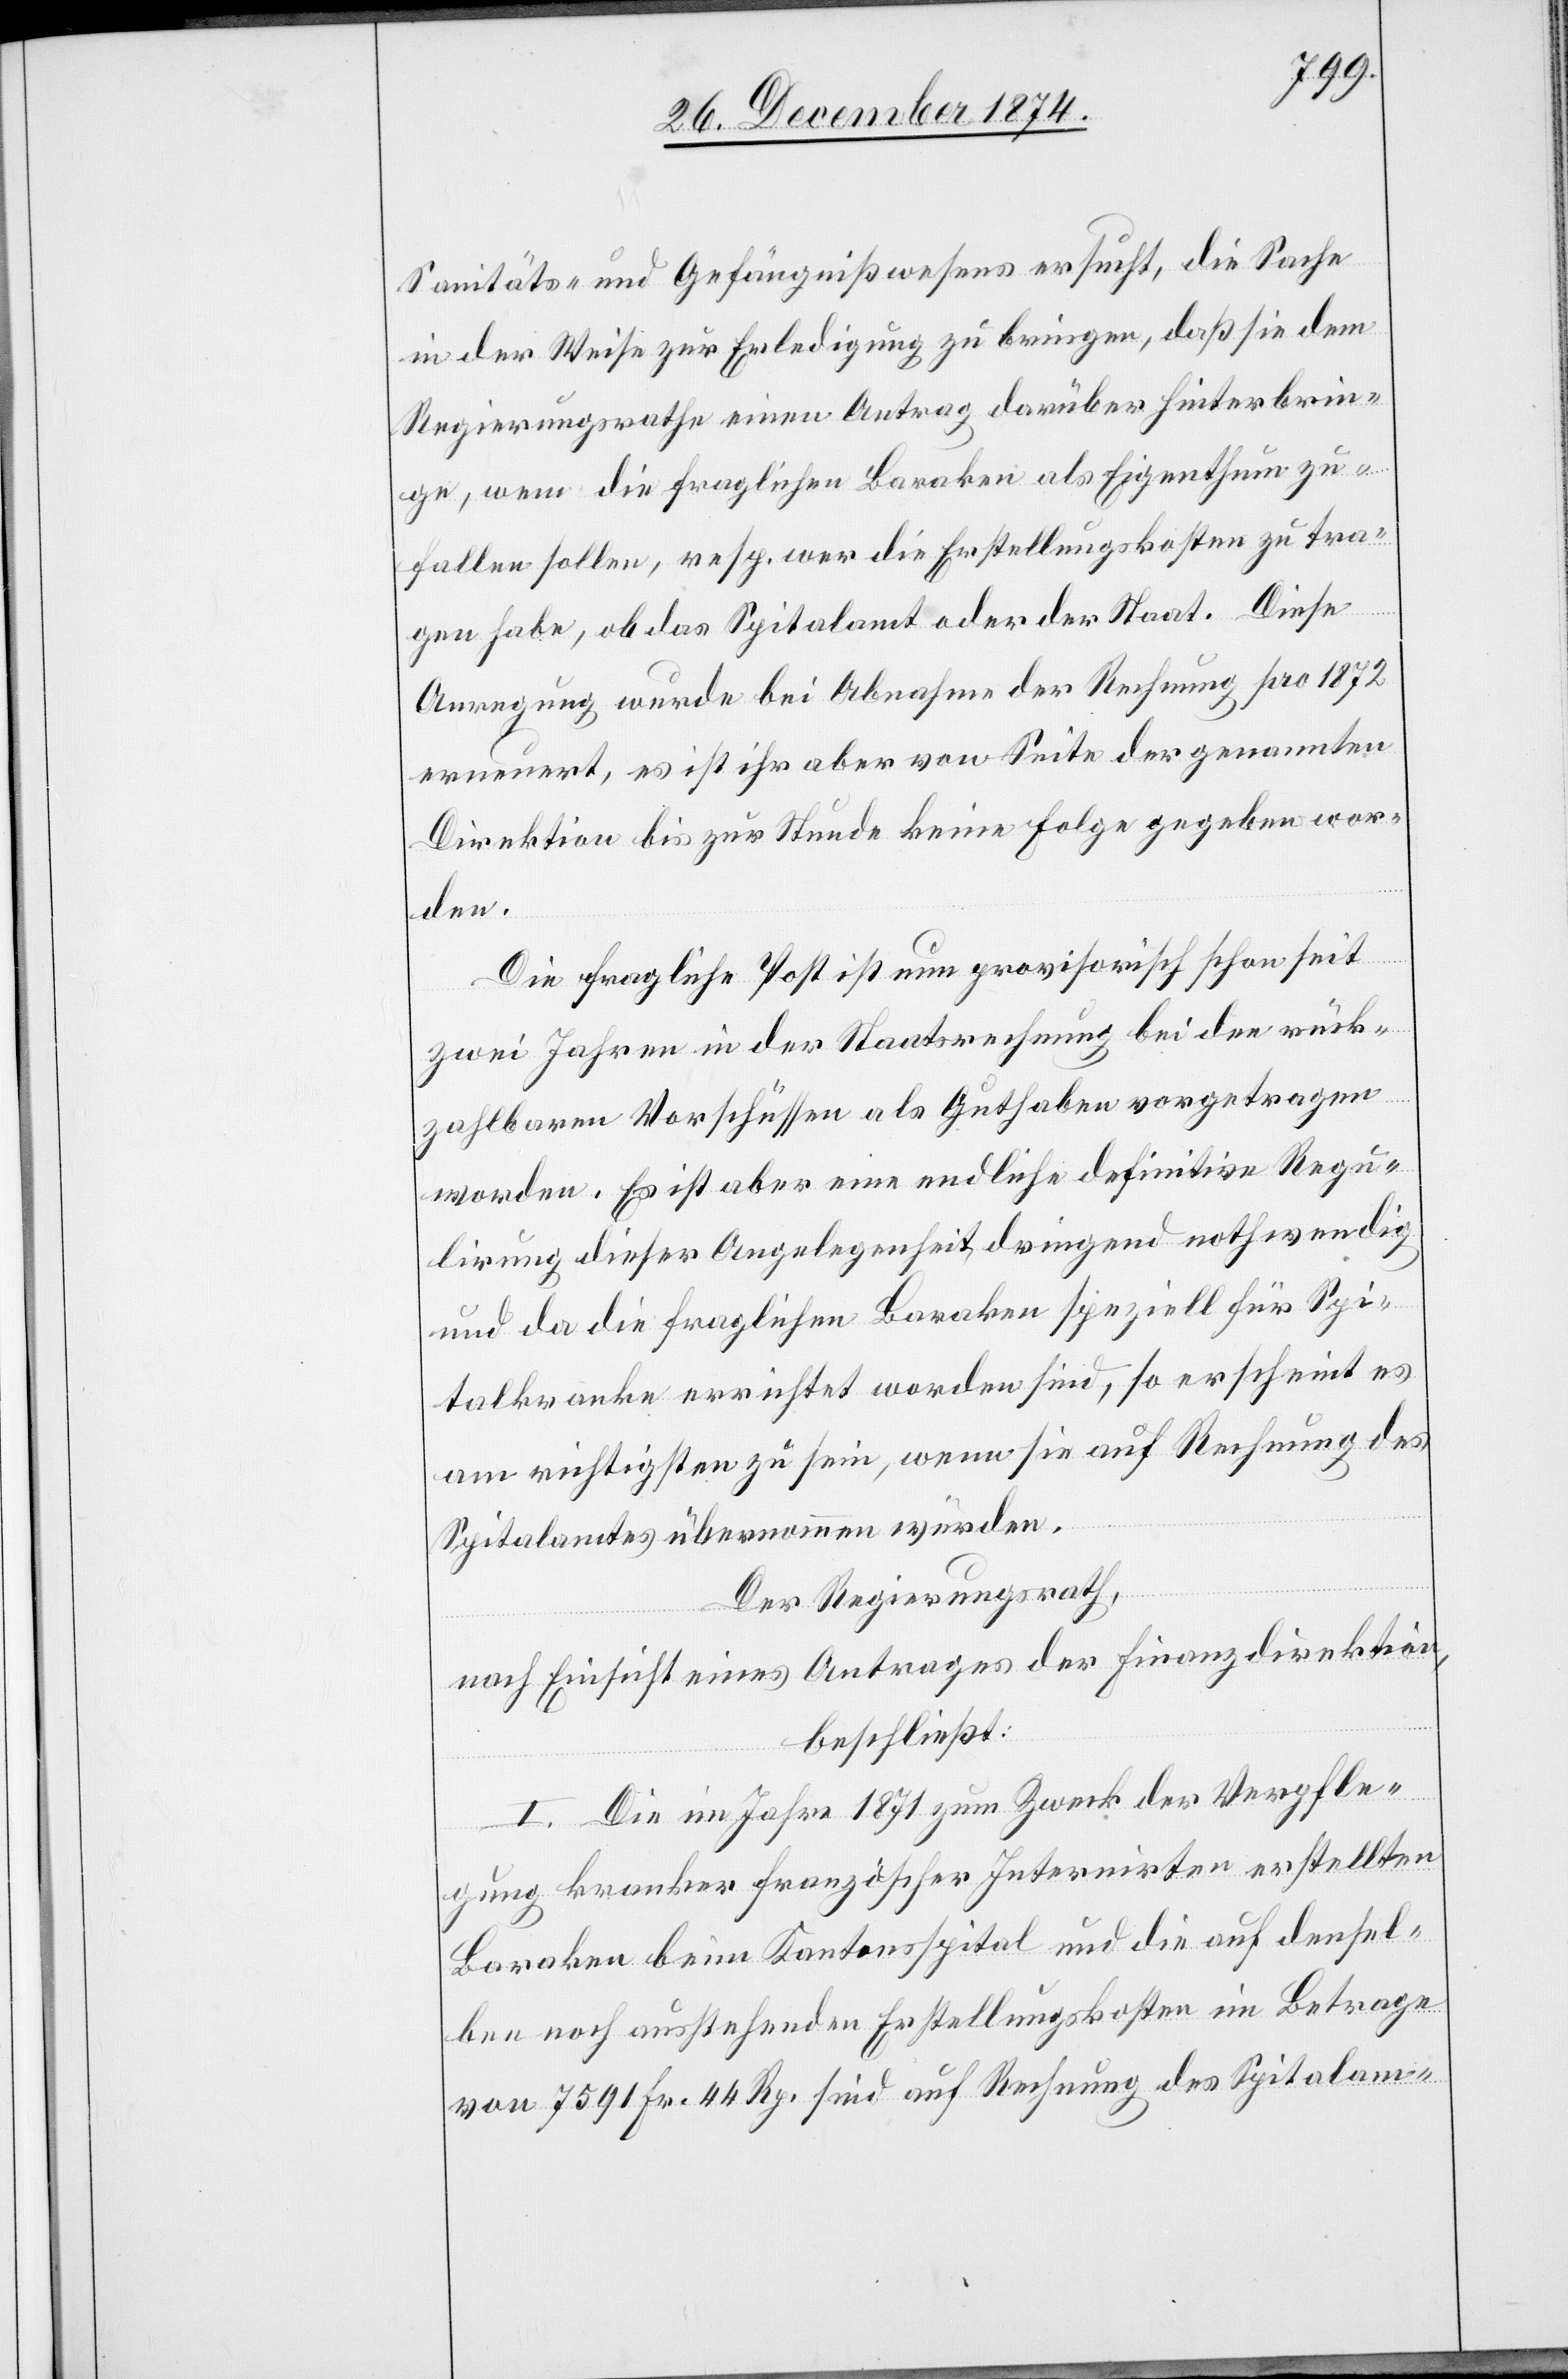
Sanitäts- und Gefängnißwesens ersucht, die Sache
in der Weise zur Erledigung zu bringen, daß sie dem
Regierungsrathe einen Antrag darüber hinterbrin¬
gen, wem die fraglichen Baraken als Eigenthum zu¬
fallen sollen, resp. wer die Erstellungskosten zu tra¬
gen habe, ob das Spitalamt oder der Staat. Diese
Anregung wurde bei Abnahme der Rechnung pro 1872
erneuert, es ist ihr aber von Seite der genannten
Direktion bis zur Stunde keine Folge gegeben wor¬
den.
Die fragliche Post ist nun provisorisch schon seit
zwei Jahren in der Staatsrechnung bei den rück¬
zahlbaren Vorschüssen als Guthaben vorgetragen
worden. Es ist aber eine endliche definitive Regu¬
lirung dieser Angelegenheit dringend nothwendig
und da die fraglichen Baraken speziell für Spi¬
talkranke errichtet worden sind, so erscheint es
am richtigsten zu sein, wenn sie auf Rechnung des
Spitalamtes übernommen würden.
Der Regierungsrath,
nach Einsicht eines Antrages der Finanzdirektion,
beschließt:
I. Die im Jahre 1871 zum Zweck der Verpfle¬
gung kranker französi[sc]her Internirten erstellten
Baraken beim Kantonsspital und die auf densel¬
ben noch ausstehenden Erstellungskosten im Betrage
von 7591 Fr. 44 Rp. sind auf Rechnung des Spitalam-